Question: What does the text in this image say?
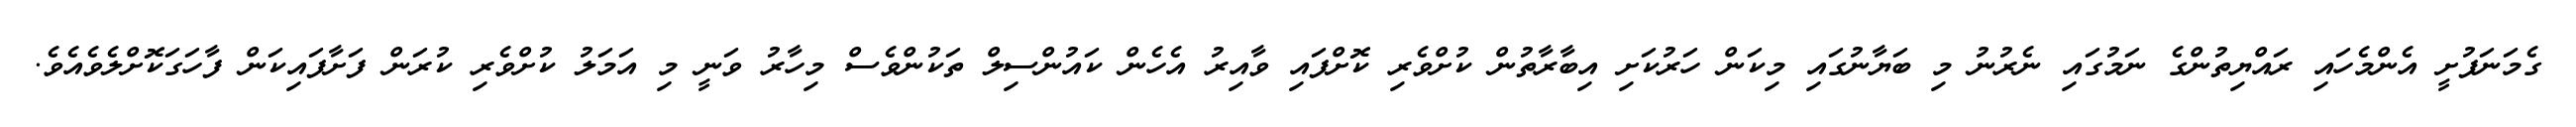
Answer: ގެމަނަފުށީ އެންމެހައި ރައްޔިތުންގެ ނަމުގައި ނެރުނު މި ބަޔާނުގައި މިކަން ހަރުކަށި އިބާރާތުން ކުށްވެރި ކޮށްފައި ވާއިރު އެހެން ކައުންސިލް ތަކުންވެސް މިހާރު ވަނީ މި އަމަލު ކުށްވެރި ކުރަން ފަށާފައިކަން ފާހަގަކޮށްލެވެއެވެ.